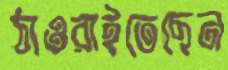
ঠাওরাইতেছেন